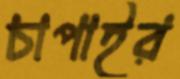
চাপাইর